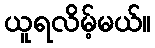
ယူရလိမ့်မယ်။